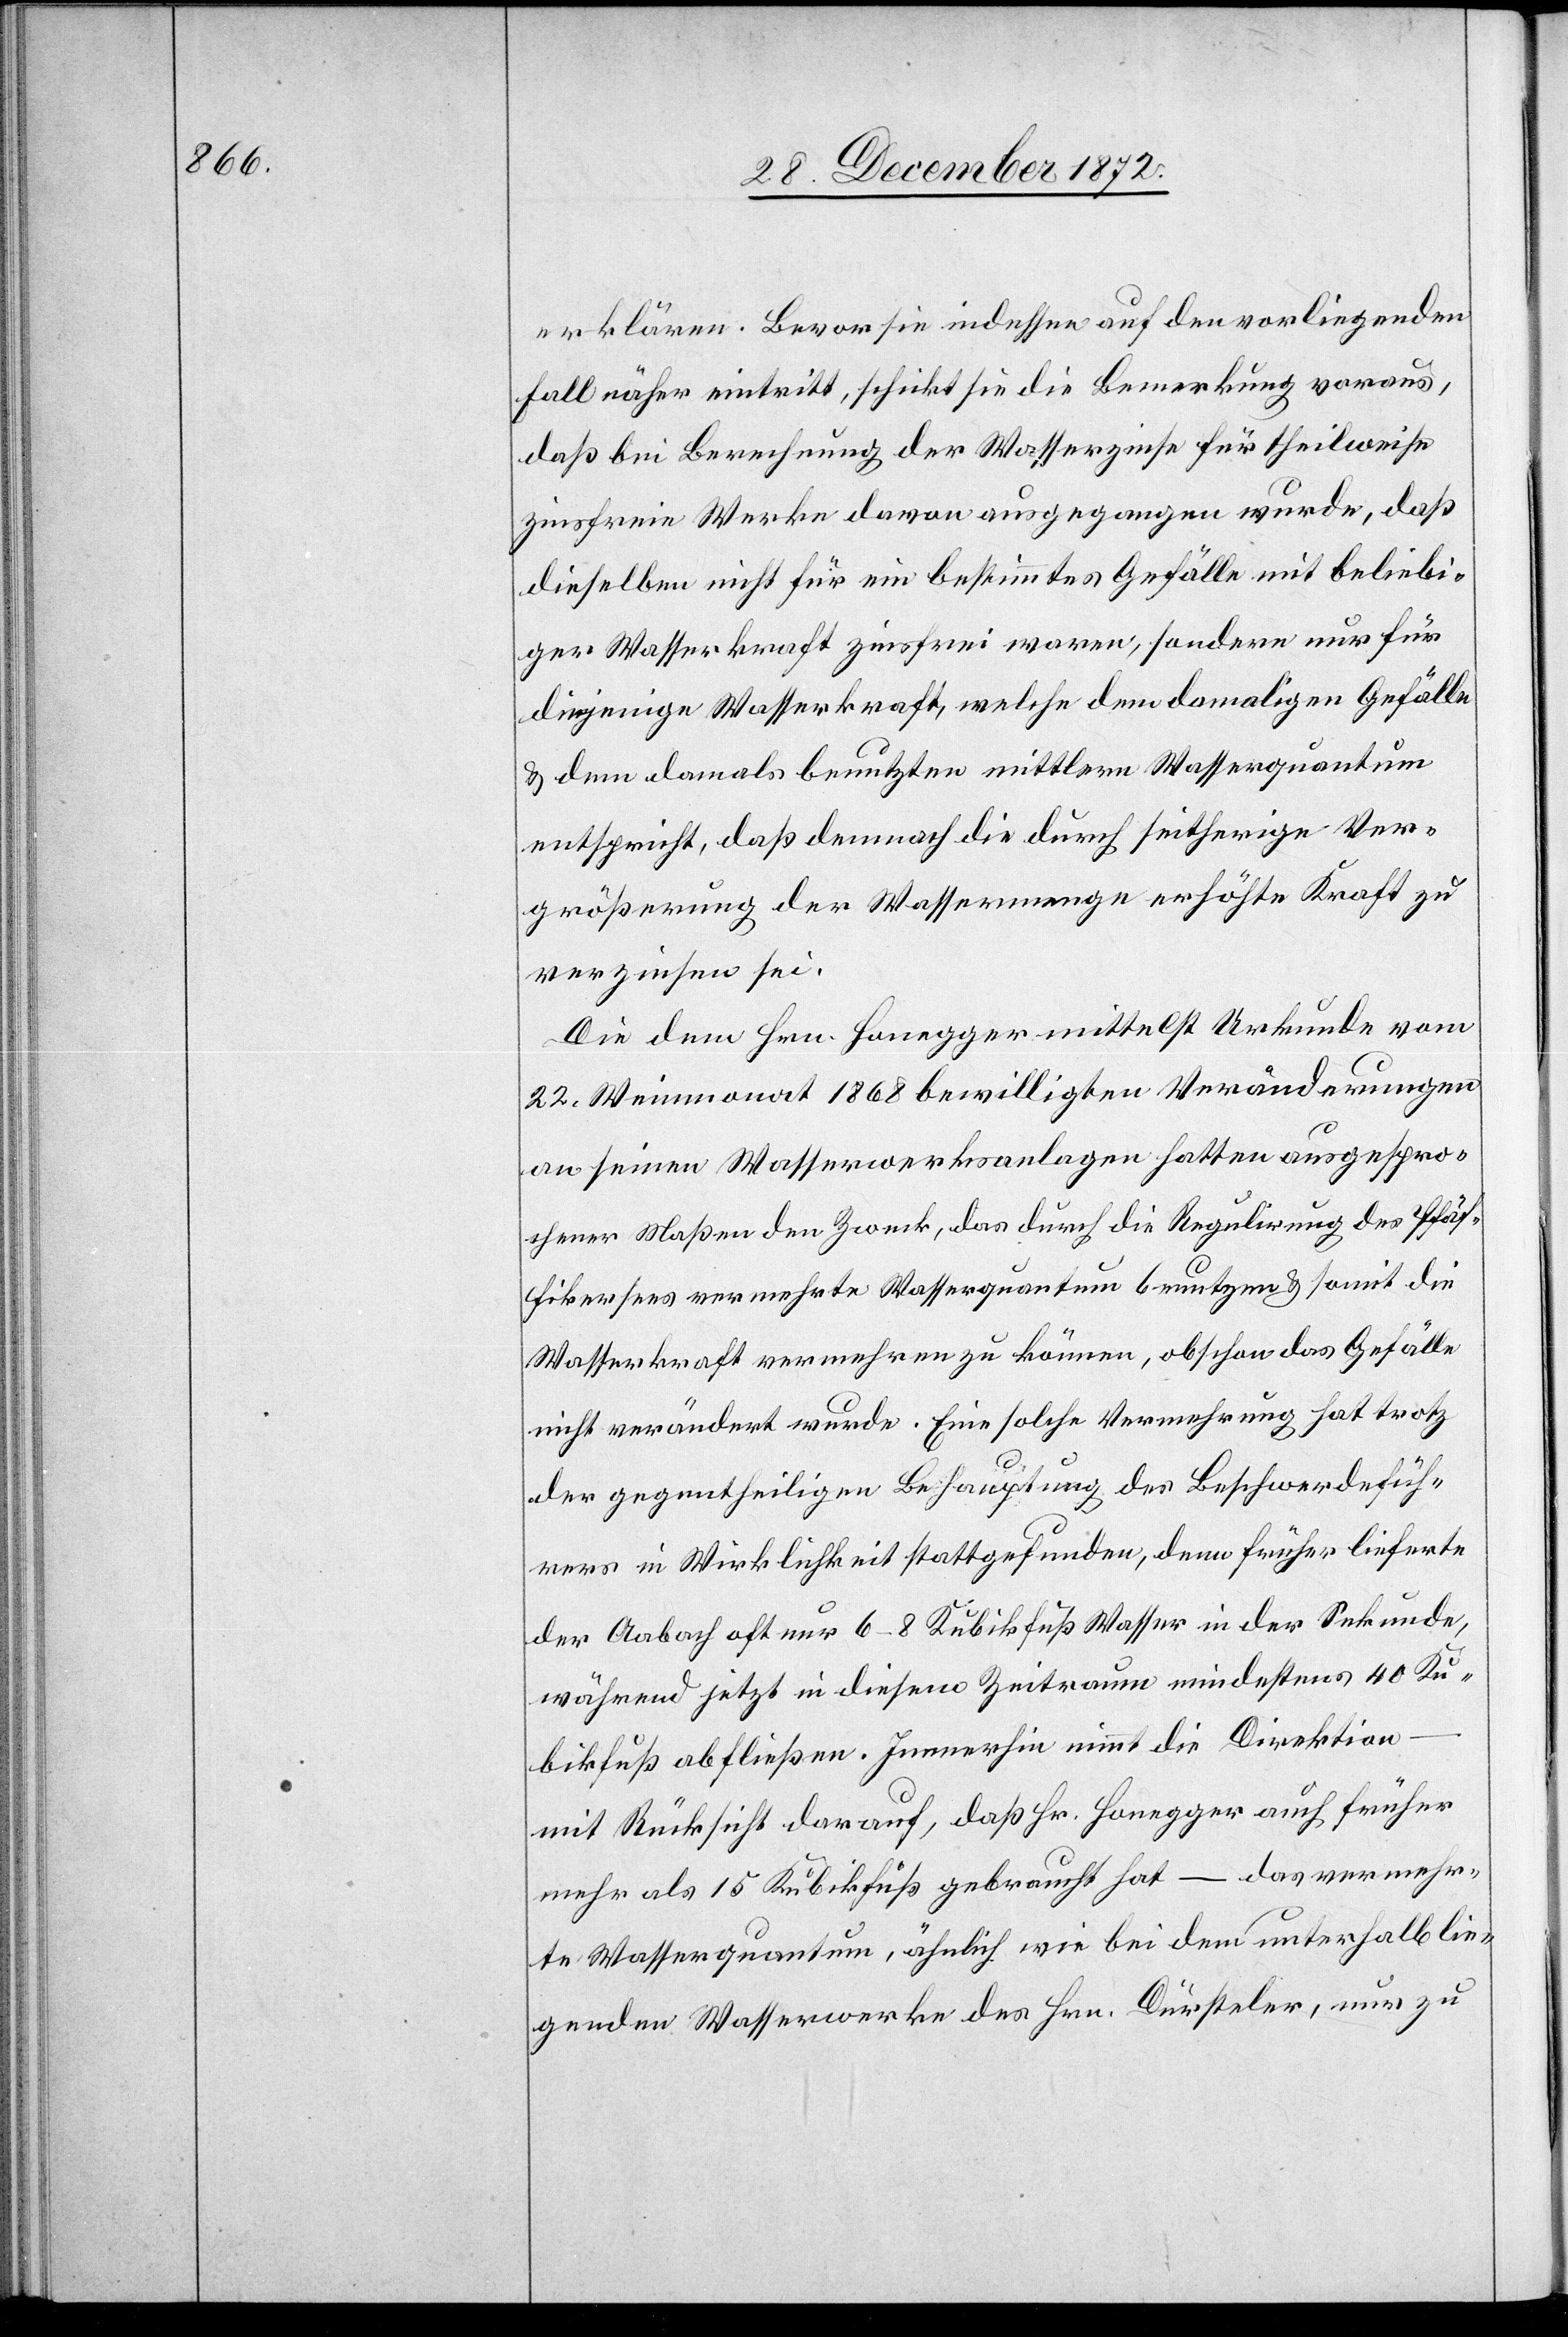
erklären. Bevor sie indessen auf den vorliegenden
Fall näher eintritt, schickt sie die Bemerkung voraus,
daß bei Berechnung der Wasserzinse für theilweise
zinsfreie Werke davon ausgegangen wurde, daß
dieselben nicht für ein bestimmtes Gefälle mit beliebi¬
ger Wasserkraft zinsfrei waren, sondern nur für
diejenige Wasserkraft, welche dem damaligen Gefälle
u. dem damals benutzten mittlern Wasserquantum
entspricht, daß demnach die durch seitherige Ver¬
größerung der Wassermenge erhöhte Kraft zu
verzinsen sei.
Die dem Hrn. Honegger mittelst Urkunde vom
22. Weinmonat 1868 bewilligten Veränderungen
an seinen Wasserwerksanlagen hatten ausgespro¬
chener Maßen den Zweck, das durch die Regulirung des Pfäf¬
fikersees vermehrte Wasserquantum benutzen u. somit die
Wasserkraft vermehren zu können, obschon das Gefälle
nicht verändert wurde. Eine solche Vermehrung hat trotz
der gegentheiligen Behauptung des Beschwerdefüh¬
rers in Wirklichkeit stattgefunden, denn früher lieferte
der Aabach oft nur 6–8 Kubikfuß Wasser in der Sekunde,
während jetzt in diesem Zeitraum mindestens 40 Ku¬
bikfuß abfließen. Immerhin nimmt die Direktion
mit Rücksicht darauf, daß Hr. Honegger auch früher
mehr als 15 Kubikfuß gebraucht hat – das vermehr¬
te Wasserquantum, ähnlich wie bei dem unterhalb lie¬
genden Wasserwerke des Hrn. Dürsteler, nur zu